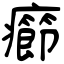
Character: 癤